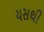
યસથી